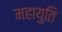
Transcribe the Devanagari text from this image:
महायुति